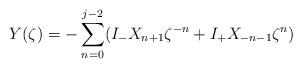
LaTeX: \begin{align*}Y(\zeta) = - \sum_{n=0}^{j-2} ( I_-X_{n+1} \zeta^{-n} + I_+ X_{-n-1} \zeta^n)\end{align*}